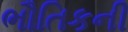
ભૌતિકની